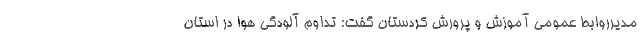
مدیرروابط عمومی آموزش و پرورش کردستان گفت: تداوم آلودگی هوا در استان